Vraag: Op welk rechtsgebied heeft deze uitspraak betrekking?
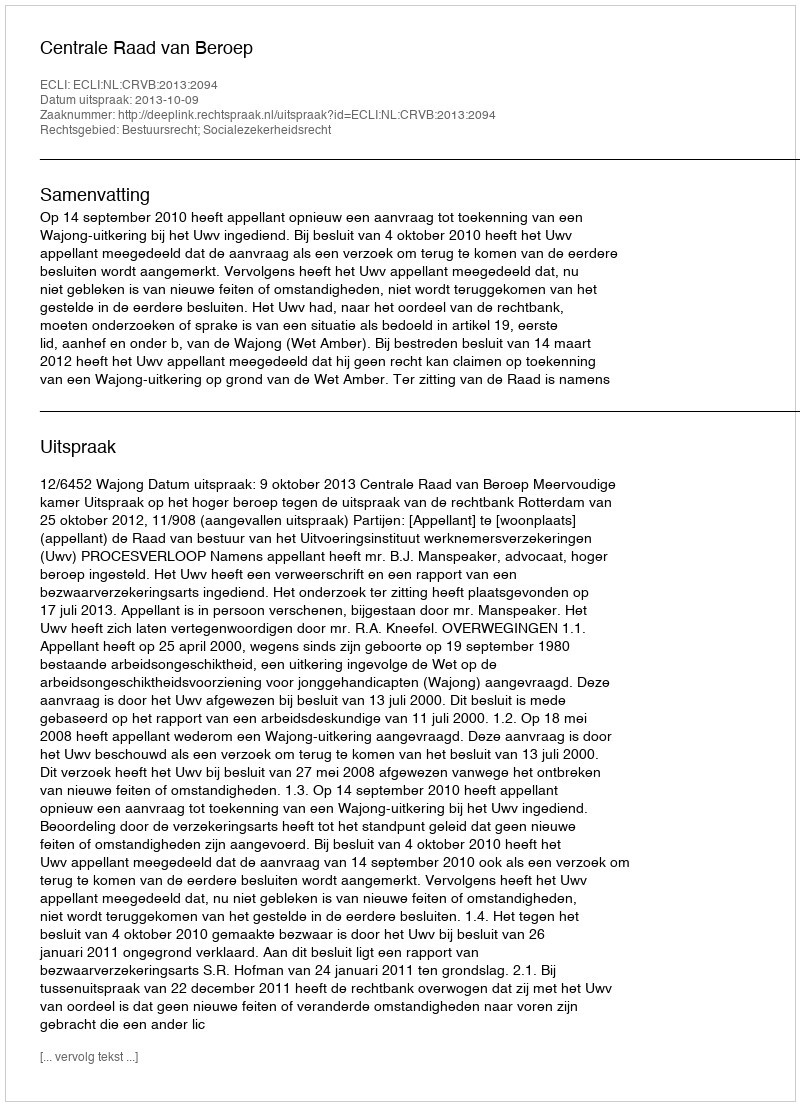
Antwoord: Bestuursrecht; Socialezekerheidsrecht